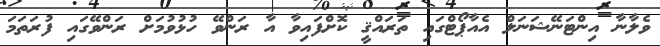
ވެލާނާ އިންޓަނޭޝަނަލް އެއާޕޯޓްގައި ތަރައްޤީ ކޮށްފައިވާ އާ ރަންވޭ ހުޅުވުމަށް ރަންވޭގައި ފުރަތަމަ